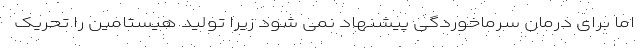
اما برای درمان سرماخوردگی پیشنهاد نمی شود زیرا تولید هیستامین را تحریک